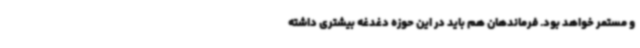
و مستمر خواهد بود. فرماندهان هم باید در این حوزه دغدغه بیشتری داشته